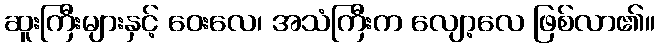
ဆူးကြီးများနှင့် ဝေးလေ၊ အသံကြီးက လျော့လေ ဖြစ်လာ၏။